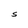
Character: S